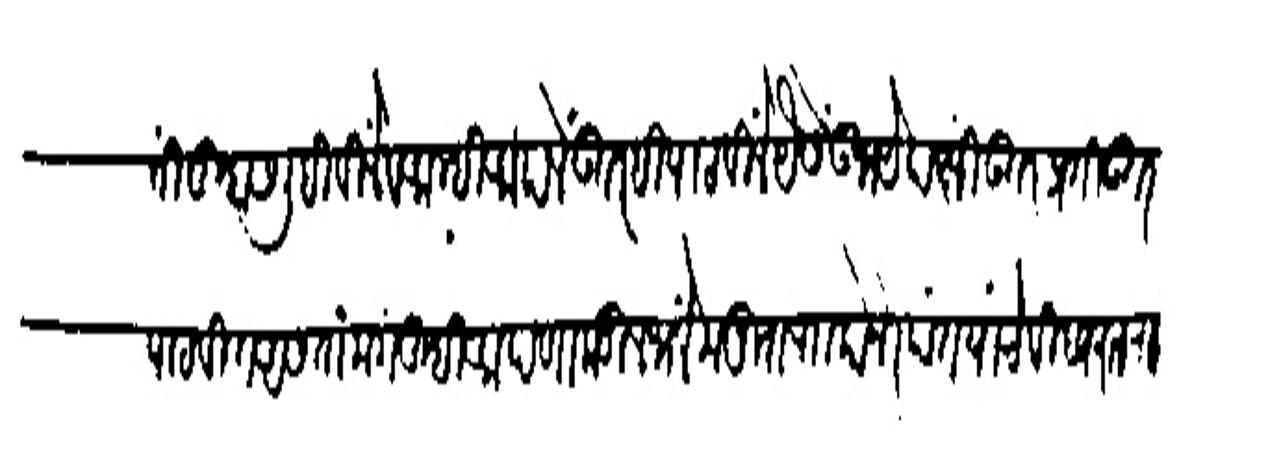
Transliteration (Devanagari): हाती तुम्हास लिहिबिलें व आम्ही आपलें उतरहि पाठविलें यंसें उभयेपक्षीं उतर प्रतिउतर
पाठवीत असता मग तुम्ही आपणाकडील भलें मनुश रा कोनेरपंत यांचे विद्यरत रा